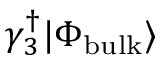
\gamma _ { 3 } ^ { \dagger } | \Phi _ { \mathrm { b u l k } } \rangle